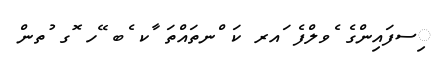
ިސފައިންގެ ެވލްފެ ައރ ކަ ްނތައްތަ ާކ ެބ ޭހ ޮގ ުތން